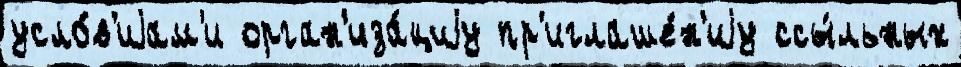
усло́в'иjам'и орган'иза́циjу пр'иглаше́н'иjу ссы́льных